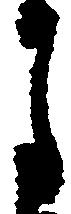
月